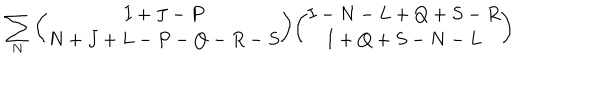
LaTeX: \sum _ { N } { \binom { I + J - P } { N + J + L - P - Q - R - S } } { \binom { I - N - L + Q + S - R } { I + Q + S - N - L } }